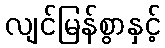
လျင်မြန်စွာနှင့်